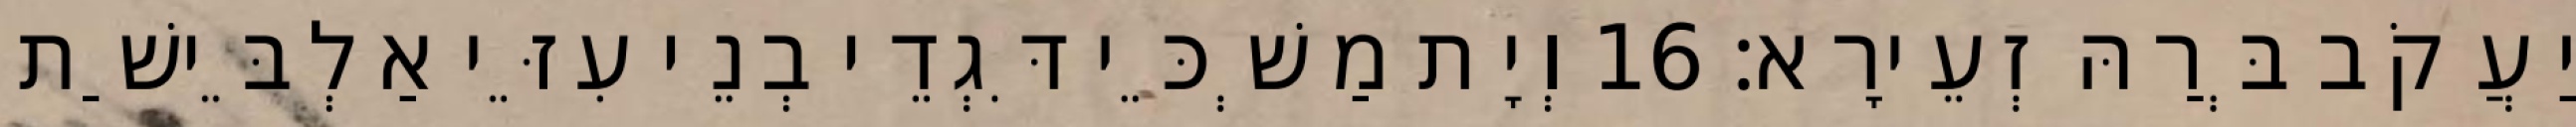
יַעֲקֹב בְּרַהּ זְעֵירָא׃ 16 וְיָת מַשְׁכֵּי דִּגְדֵי בְנֵי עִזֵּי אַלְבֵּישַׁת